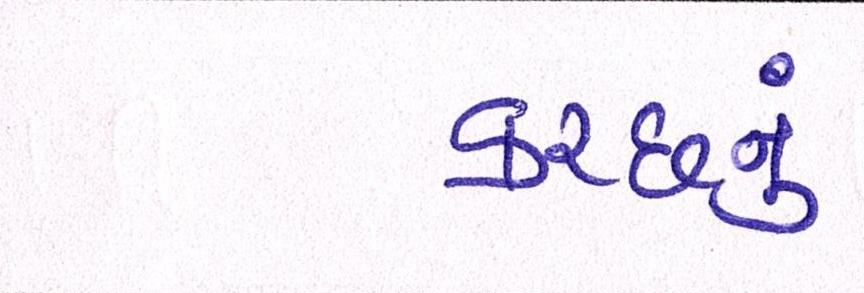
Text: કચ્છનું